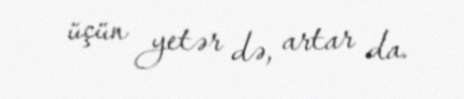
üçün yetər də, artar da.